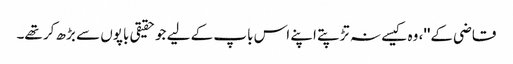
قاضی کے''، وہ کیسے نہ تڑپتے اپنے اس باپ کے لیے جو حقیقی باپوں سے بڑھ کر تھے۔